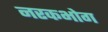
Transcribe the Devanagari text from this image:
नरकभोग